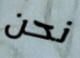
نحن